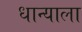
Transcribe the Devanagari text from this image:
धान्याला